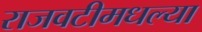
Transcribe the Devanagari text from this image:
राजवटीमधल्या